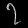
Digit: ၇